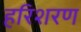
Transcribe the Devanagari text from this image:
हरिशरण